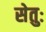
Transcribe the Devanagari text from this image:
सेतुः